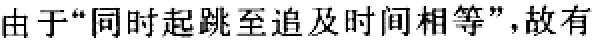
由于“同时起跳至追及时间相等”，故有